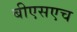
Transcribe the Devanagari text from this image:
बीएसएच